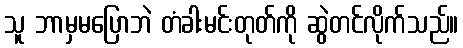
သူ ဘာမှမပြောဘဲ တံခါးမင်းတုတ်ကို ဆွဲတင်လိုက်သည်။